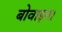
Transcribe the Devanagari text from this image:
बोवाइन।